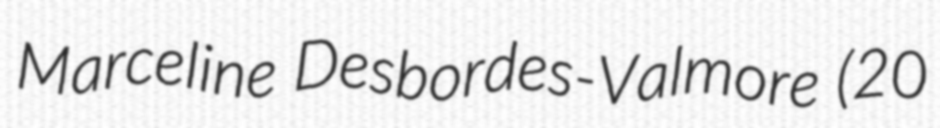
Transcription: Marceline Desbordes-Valmore (20